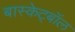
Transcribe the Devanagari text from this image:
बास्केट्बॉल